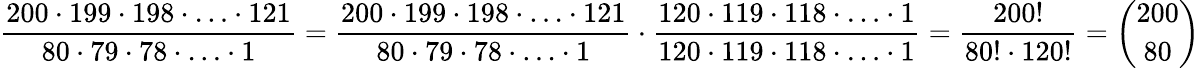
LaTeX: \frac{200\cdot 199\cdot 198\cdot\ldots\cdot 121}{80\cdot 79\cdot 78\cdot\ldots\cdot 1}=\frac{200\cdot 199\cdot 198\cdot\ldots\cdot 121}{80\cdot 79\cdot 78\cdot\ldots\cdot 1}\cdot\frac{120\cdot 119\cdot 118\cdot\ldots\cdot 1}{120\cdot 119\cdot 118\cdot\ldots\cdot 1}=\frac{200!}{80!\cdot 120!}=\binom{200}{80}